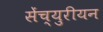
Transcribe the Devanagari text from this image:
सेंच्युरीयन